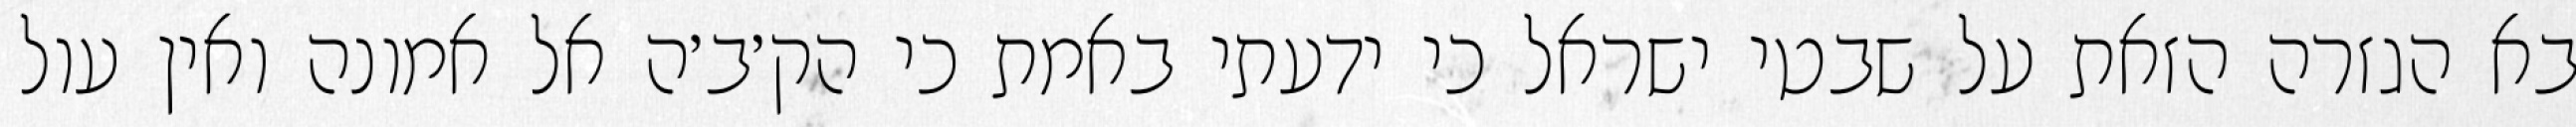
בא הגזרה הזאת על שבטי ישראל כי ידעתי באמת כי הק׳ב׳ה אל אמונה ואין עול